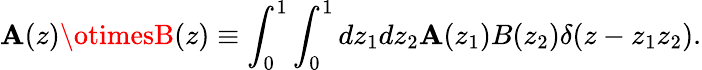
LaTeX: \mathbf{A}(z)\otimesB(z)\equiv\int_{0}^{1}\int_{0}^{1}dz_{1}dz_{2}\mathbf{A}(z_{1})B(z_{2})\delta(z-z_{1}z_{2}).